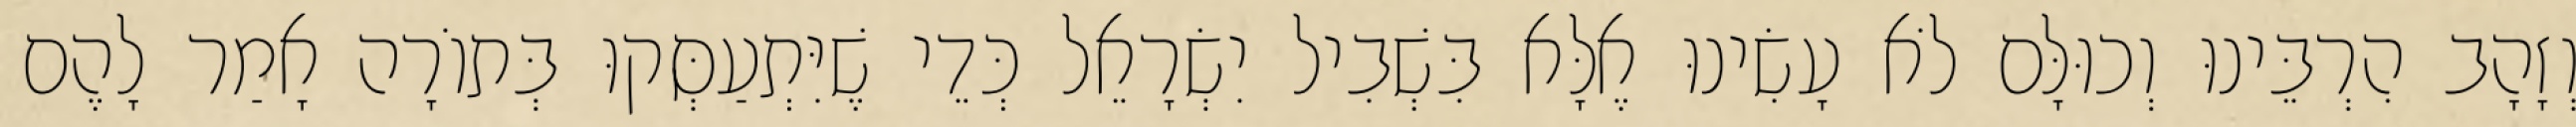
וְזָהָב הִרְבֵּינוּ וְכוּלָּם לֹא עָשִׂינוּ אֶלָּא בִּשְׁבִיל יִשְׂרָאֵל כְּדֵי שֶׁיִּתְעַסְּקוּ בְּתוֹרָה אָמַר לָהֶם